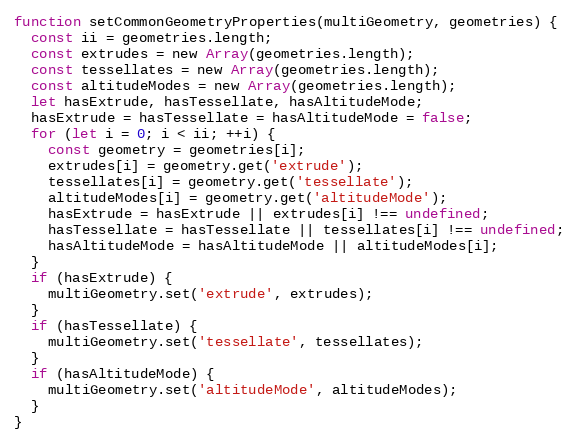
Language: JavaScript
function setCommonGeometryProperties(multiGeometry, geometries) {
  const ii = geometries.length;
  const extrudes = new Array(geometries.length);
  const tessellates = new Array(geometries.length);
  const altitudeModes = new Array(geometries.length);
  let hasExtrude, hasTessellate, hasAltitudeMode;
  hasExtrude = hasTessellate = hasAltitudeMode = false;
  for (let i = 0; i < ii; ++i) {
    const geometry = geometries[i];
    extrudes[i] = geometry.get('extrude');
    tessellates[i] = geometry.get('tessellate');
    altitudeModes[i] = geometry.get('altitudeMode');
    hasExtrude = hasExtrude || extrudes[i] !== undefined;
    hasTessellate = hasTessellate || tessellates[i] !== undefined;
    hasAltitudeMode = hasAltitudeMode || altitudeModes[i];
  }
  if (hasExtrude) {
    multiGeometry.set('extrude', extrudes);
  }
  if (hasTessellate) {
    multiGeometry.set('tessellate', tessellates);
  }
  if (hasAltitudeMode) {
    multiGeometry.set('altitudeMode', altitudeModes);
  }
}